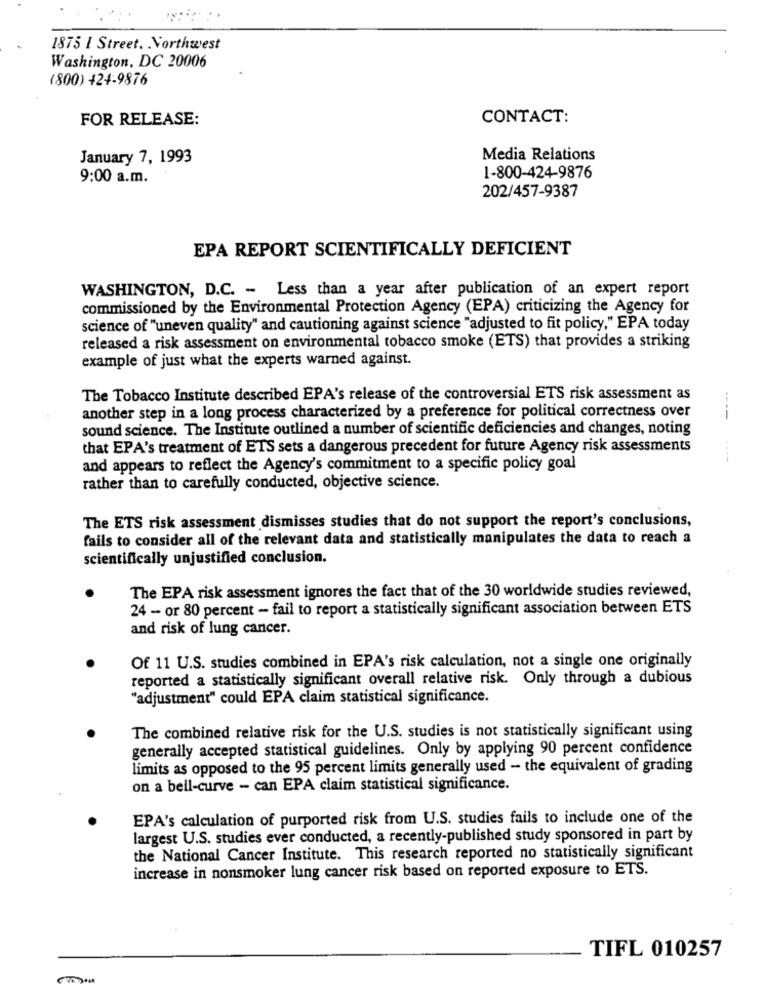
1875 I Street. Northwest
Washington, DC 20006
(800) 424-9876
FOR RELEASE:
CONTACT:
January 7, 1993
Media Relations
9:00 a.m.
1-800-424-9876
202/457-9387
EPA REPORT SCIENTIFICALLY DEFICIENT
WASHINGTON, D.C. - Less than a year after publication of an expert report
commissioned by the Environmental Protection Agency (EPA) criticizing the Agency for
science of "uneven quality" and cautioning against science "adjusted to fit policy," EPA today
released a risk assessment on environmental tobacco smoke (ETS) that provides a striking
example of just what the experts warned against.
The Tobacco Institute described EPA's release of the controversial ETS risk assessment as
another step in a long process characterized by a preference for political correctness over
----
sound science. The Institute outlined a number of scientific deficiencies and changes, noting
that EPA's treatment of ETS sets a dangerous precedent for future Agency risk assessments
----
and appears to reflect the Agency's commitment to a specific policy goal
rather than to carefully conducted, objective science.
The ETS risk assessment dismisses studies that do not support the report's conclusions,
fails to consider all of the relevant data and statistically manipulates the data to reach a
scientifically unjustified conclusion.
The EPA risk assessment ignores the fact that of the 30 worldwide studies reviewed,
24 - or 80 percent - fail to report a statistically significant association between ETS
and risk of lung cancer.
Of 11 U.S. studies combined in EPA's risk calculation, not a single one originally
reported a statistically significant overall relative risk. Only through a dubious
"adjustment" could EPA claim statistical significance.
The combined relative risk for the U.S. studies is not statistically significant using
generally accepted statistical guidelines. Only by applying 90 percent confidence
limits as opposed to the 95 percent limits generally used - the equivalent of grading
on a bell-curve - can EPA claim statistical significance.
EPA's calculation of purported risk from U.S. studies fails to include one of the
largest U.S. studies ever conducted, a recently-published study sponsored in part by
the National Cancer Institute. This research reported no statistically significant
increase in nonsmoker lung cancer risk based on reported exposure to ETS.
TIFL 010257